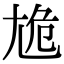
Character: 尯